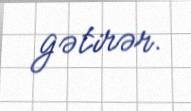
gətirər.